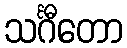
သင်္ဂီတော